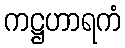
ကဋ္ဌဟာရကံ